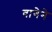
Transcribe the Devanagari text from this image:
वागेने